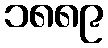
၁၈၈၉